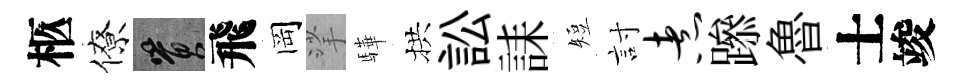
柩僚篔飛岡挲驊拱訟誄短討煮𨅶魯士竣